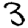
Digit: 3